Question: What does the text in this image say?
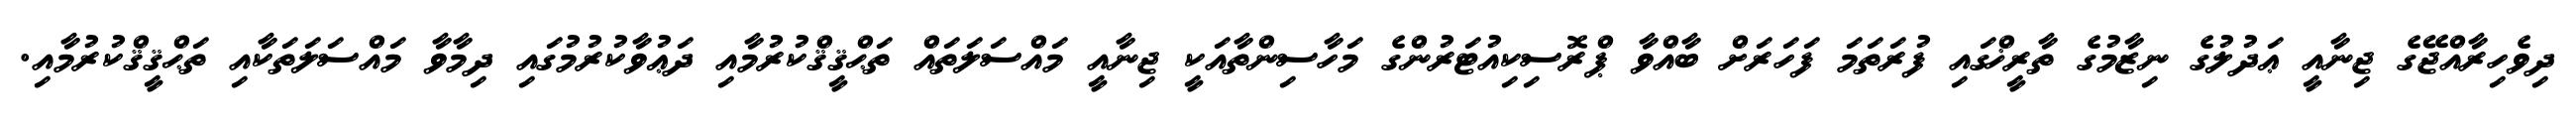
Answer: ދިވެހިރާއްޖޭގެ ޖިނާއީ ޢަދުލުގެ ނިޒާމުގެ ތާރީޚްގައި ފުރަތަމަ ފަހަރަށް ބާއްވާ ޕްރޮސިކިއުޓަރުންގެ މަހާސިންތާއަކީ ޖިނާއީ މައްސަލަތައް ތަޙްޤީޤްކުރުމާއި ދަޢުވާކުރުމުގައި ދިމާވާ މައްސަލަތަކާއި ތަޙްޤީޤްކުރުމާއި.